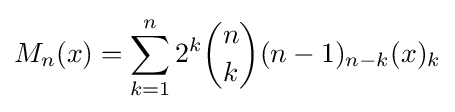
M_{n}(x)=\sum _{k=1}^{n}2^{k}{\binom {n}{k}}(n-1)_{n-k}(x)_{k}